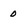
Character: 0